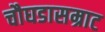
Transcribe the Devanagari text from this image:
चौघडासम्राट